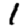
Digit: 1